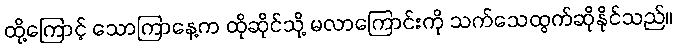
ထို့ကြောင့် သောကြာနေ့က ထိုဆိုင်သို့ မလာကြောင်းကို သက်သေထွက်ဆိုနိုင်သည်။